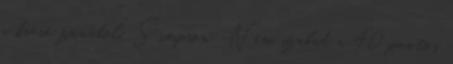
a kieső zónából. Simpson: Nem szabad a 40 pontos